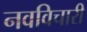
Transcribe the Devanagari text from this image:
नवविचारी